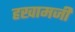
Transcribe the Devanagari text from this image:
हखामजी